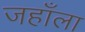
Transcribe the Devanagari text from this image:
जहाँला